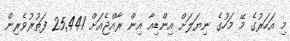
މި އަހަރުގެ މޭ މަހުގެ ނިޔަލަށް އިންޑިއާ އިން ރާއްޖެއަށް 25